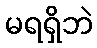
မရရှိဘဲ